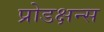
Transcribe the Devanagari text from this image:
प्रोडक्षन्स